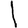
Digit: 1